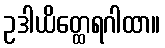
ဥဒါယိတ္ထေရဂါထာ။